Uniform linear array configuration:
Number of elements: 12
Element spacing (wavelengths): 1
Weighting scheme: cosine
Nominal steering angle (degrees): -30
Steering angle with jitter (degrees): -28.636
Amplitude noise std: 0.05
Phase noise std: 0.05

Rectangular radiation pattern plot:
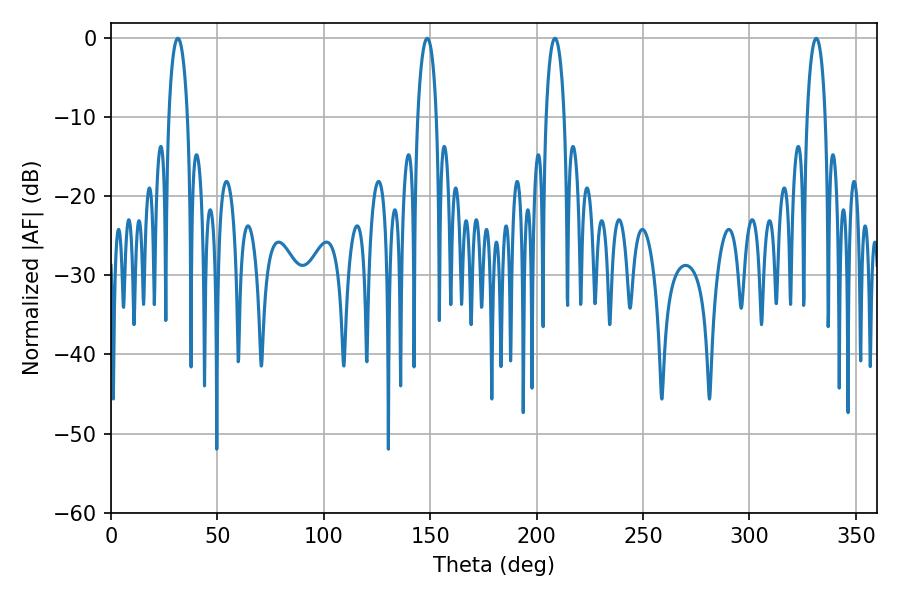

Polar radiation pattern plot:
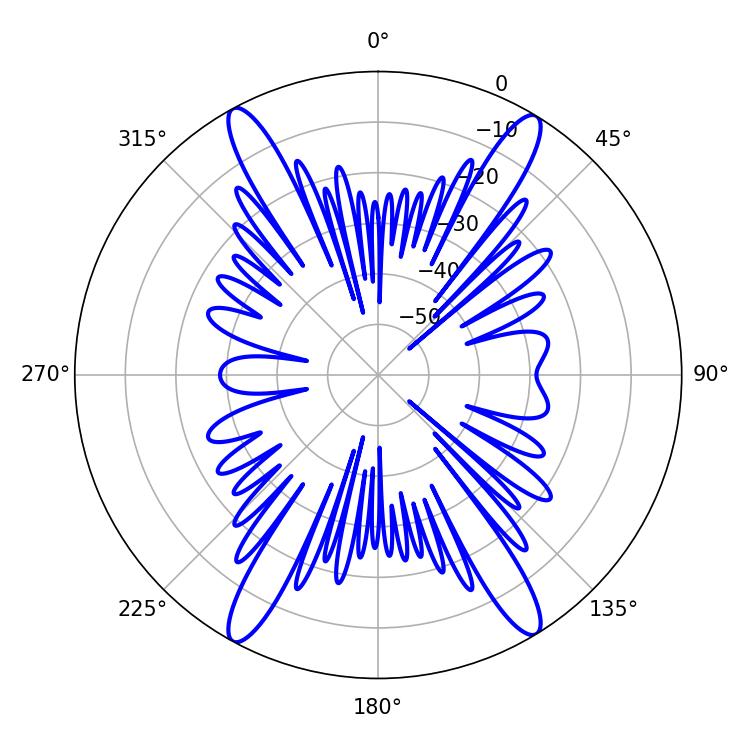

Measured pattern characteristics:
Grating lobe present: TRUE
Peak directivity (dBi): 22.377
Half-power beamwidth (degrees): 4.86
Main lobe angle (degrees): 208.62